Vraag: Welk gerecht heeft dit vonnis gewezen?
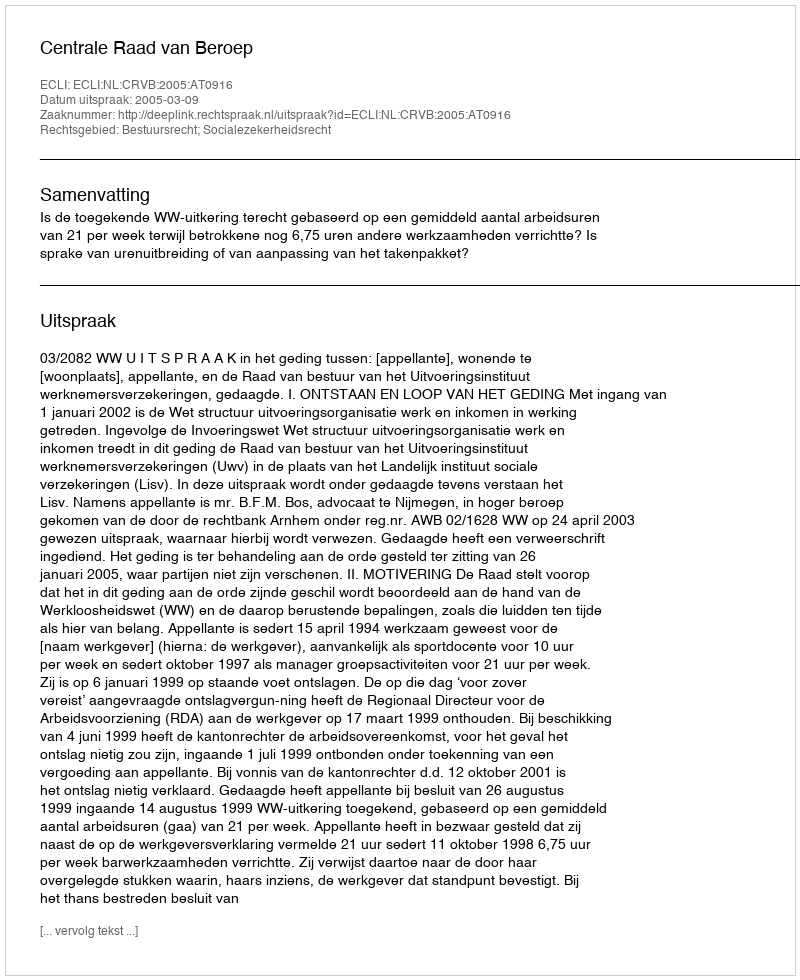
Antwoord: Centrale Raad van Beroep